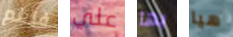
فنعم علي بها هيا